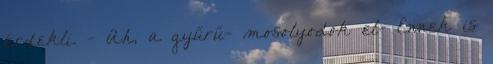
érdekli. - Ah, a gyűrű- mosolyodok el- Ennek is